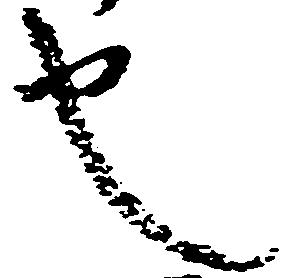
也